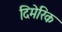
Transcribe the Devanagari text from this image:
दिमेरिक